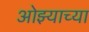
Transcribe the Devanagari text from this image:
ओझ्याच्या